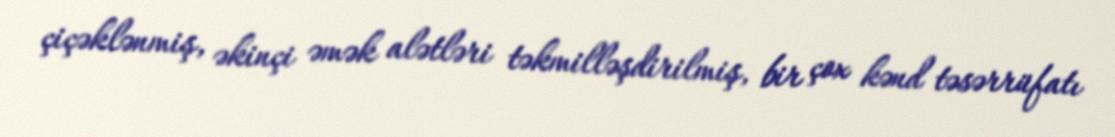
çiçəklənmiş, əkinçi əmək alətləri təkmilləşdirilmiş, bir çox kənd təsərrüfatı